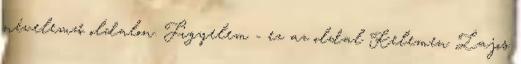
névelemző oldalon. Figyelem - ez az oldal Kelemen Lajos